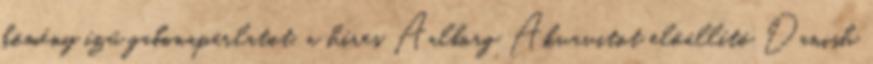
kömény ízű gabonapárlatot, a híres Aalborg Akvavitot előállító Danish